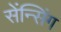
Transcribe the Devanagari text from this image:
सेंन्सिंग